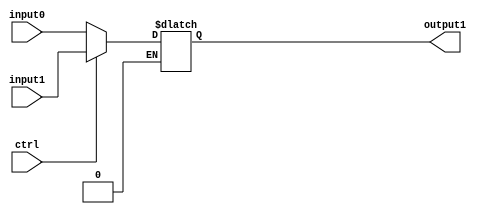
`timescale 1ns / 1ns

module mux2_1_ctrl1_in2(output1, input0, input1, ctrl);

//Input Ports
input wire ctrl;		
input wire [7:0] input0;	//input at 0
input wire [7:0] input1;	//unput at 1

//Output Ports

output reg [7:0] output1; 	

//Instructions
always @*
	begin
		if (ctrl == 1'b0)
			output1 = input0;
		if (ctrl == 1'b1)
			output1 = input1;
	end
endmodule